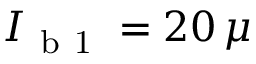
I _ { \mathrm { ~ b ~ 1 ~ } } = 2 0 \, \mu